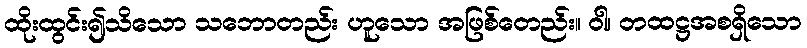
ထိုးထွင်း၍သိသော သဘောတည်း ဟူသော အဖြစ်တေည်း။ ဝါ၊ တထဋ္ဌအစရှိသော